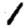
Digit: 1